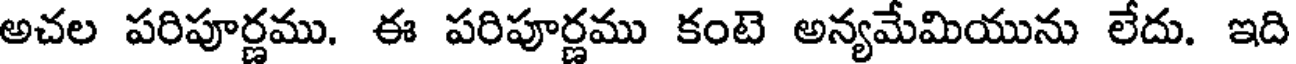
అచల పరిపూర్ణము. ఈ పరిపూర్ణము కంటె అన్యమేమియును లేదు. ఇది